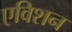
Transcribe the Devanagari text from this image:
एविशन